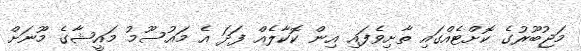
މަޖުބޫރުގެ ކޮށްޓެއްގައި ތާށިވެފައި އިން ކޮކާލެއް ފަދަ އެ މައުސޫމު މައީޝާގެ މޫނަށް